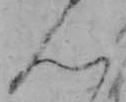
ん